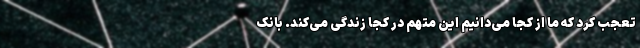
تعجب کرد که ما از کجا می‌دانیم این متهم در کجا زندگی می‌کند. بانک